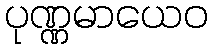
ပုဏ္ဏမာယေဝ